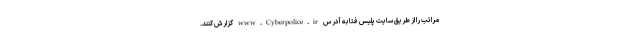
مراتب را از طریق سایت پلیس فتا به آدرس www.Cyberpolice.ir گزارش کنند.